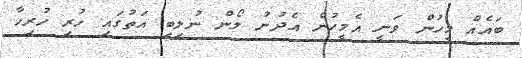
ބައެއް މީހުން ވަނީ އެމީހުން އެދުނު ލޯން ނުލިބި އަތުގައި ހުރި ހުރިހާ